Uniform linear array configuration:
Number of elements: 48
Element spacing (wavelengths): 0.25
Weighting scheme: hann
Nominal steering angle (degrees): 45
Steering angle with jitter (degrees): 44.124
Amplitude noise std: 0.05
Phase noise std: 0.05

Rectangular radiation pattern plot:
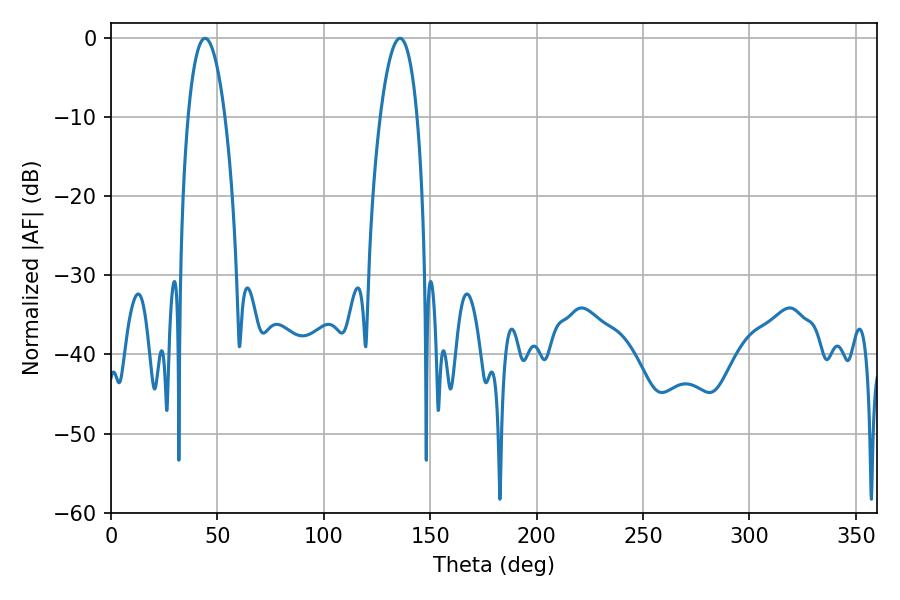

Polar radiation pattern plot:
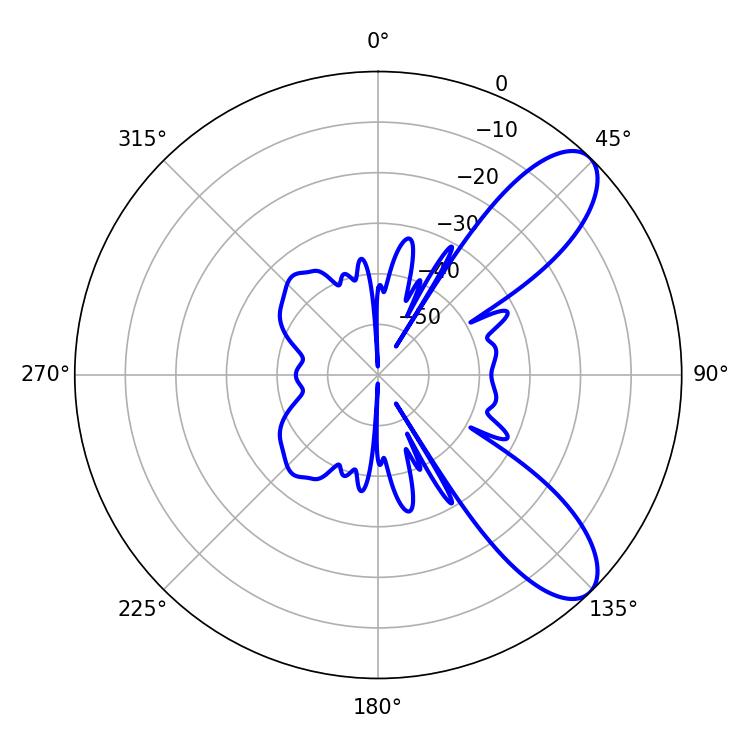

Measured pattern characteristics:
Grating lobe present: FALSE
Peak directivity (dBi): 8.999
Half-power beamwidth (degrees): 9.72
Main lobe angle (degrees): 44.28